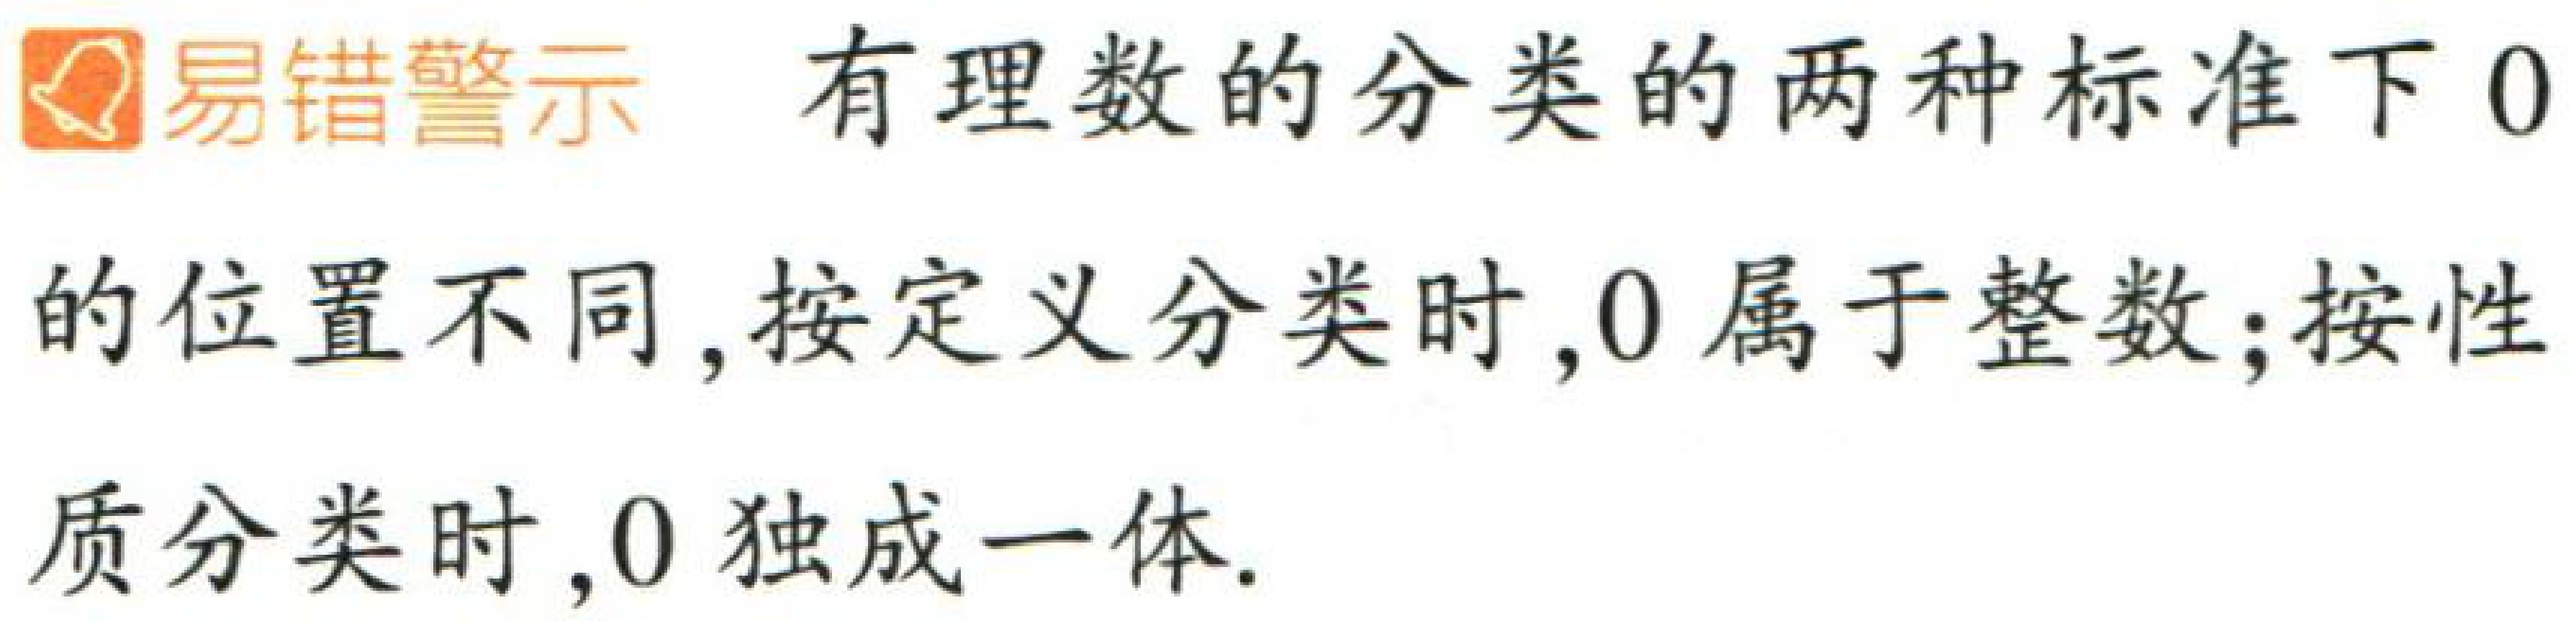
易错警示 有理数的分类的两种标准下 0的位置不同,按定义分类时,0属于整数;按性质分类时,0独成一体.